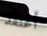
أعتقد